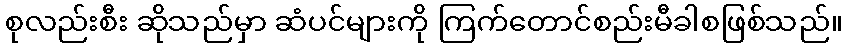
စုလည်းစီး ဆိုသည်မှာ ဆံပင်များကို ကြက်တောင်စည်းမီခါစဖြစ်သည်။